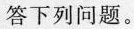
答下列问题。